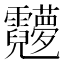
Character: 𬰖